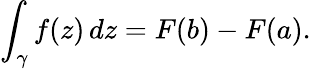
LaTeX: \int_{\gamma}f(z)\, dz=F(b)-F(a).